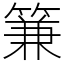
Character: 䈴